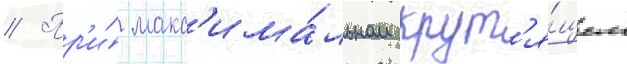
// Пр'и́ макс'има́льном крут'я́щем